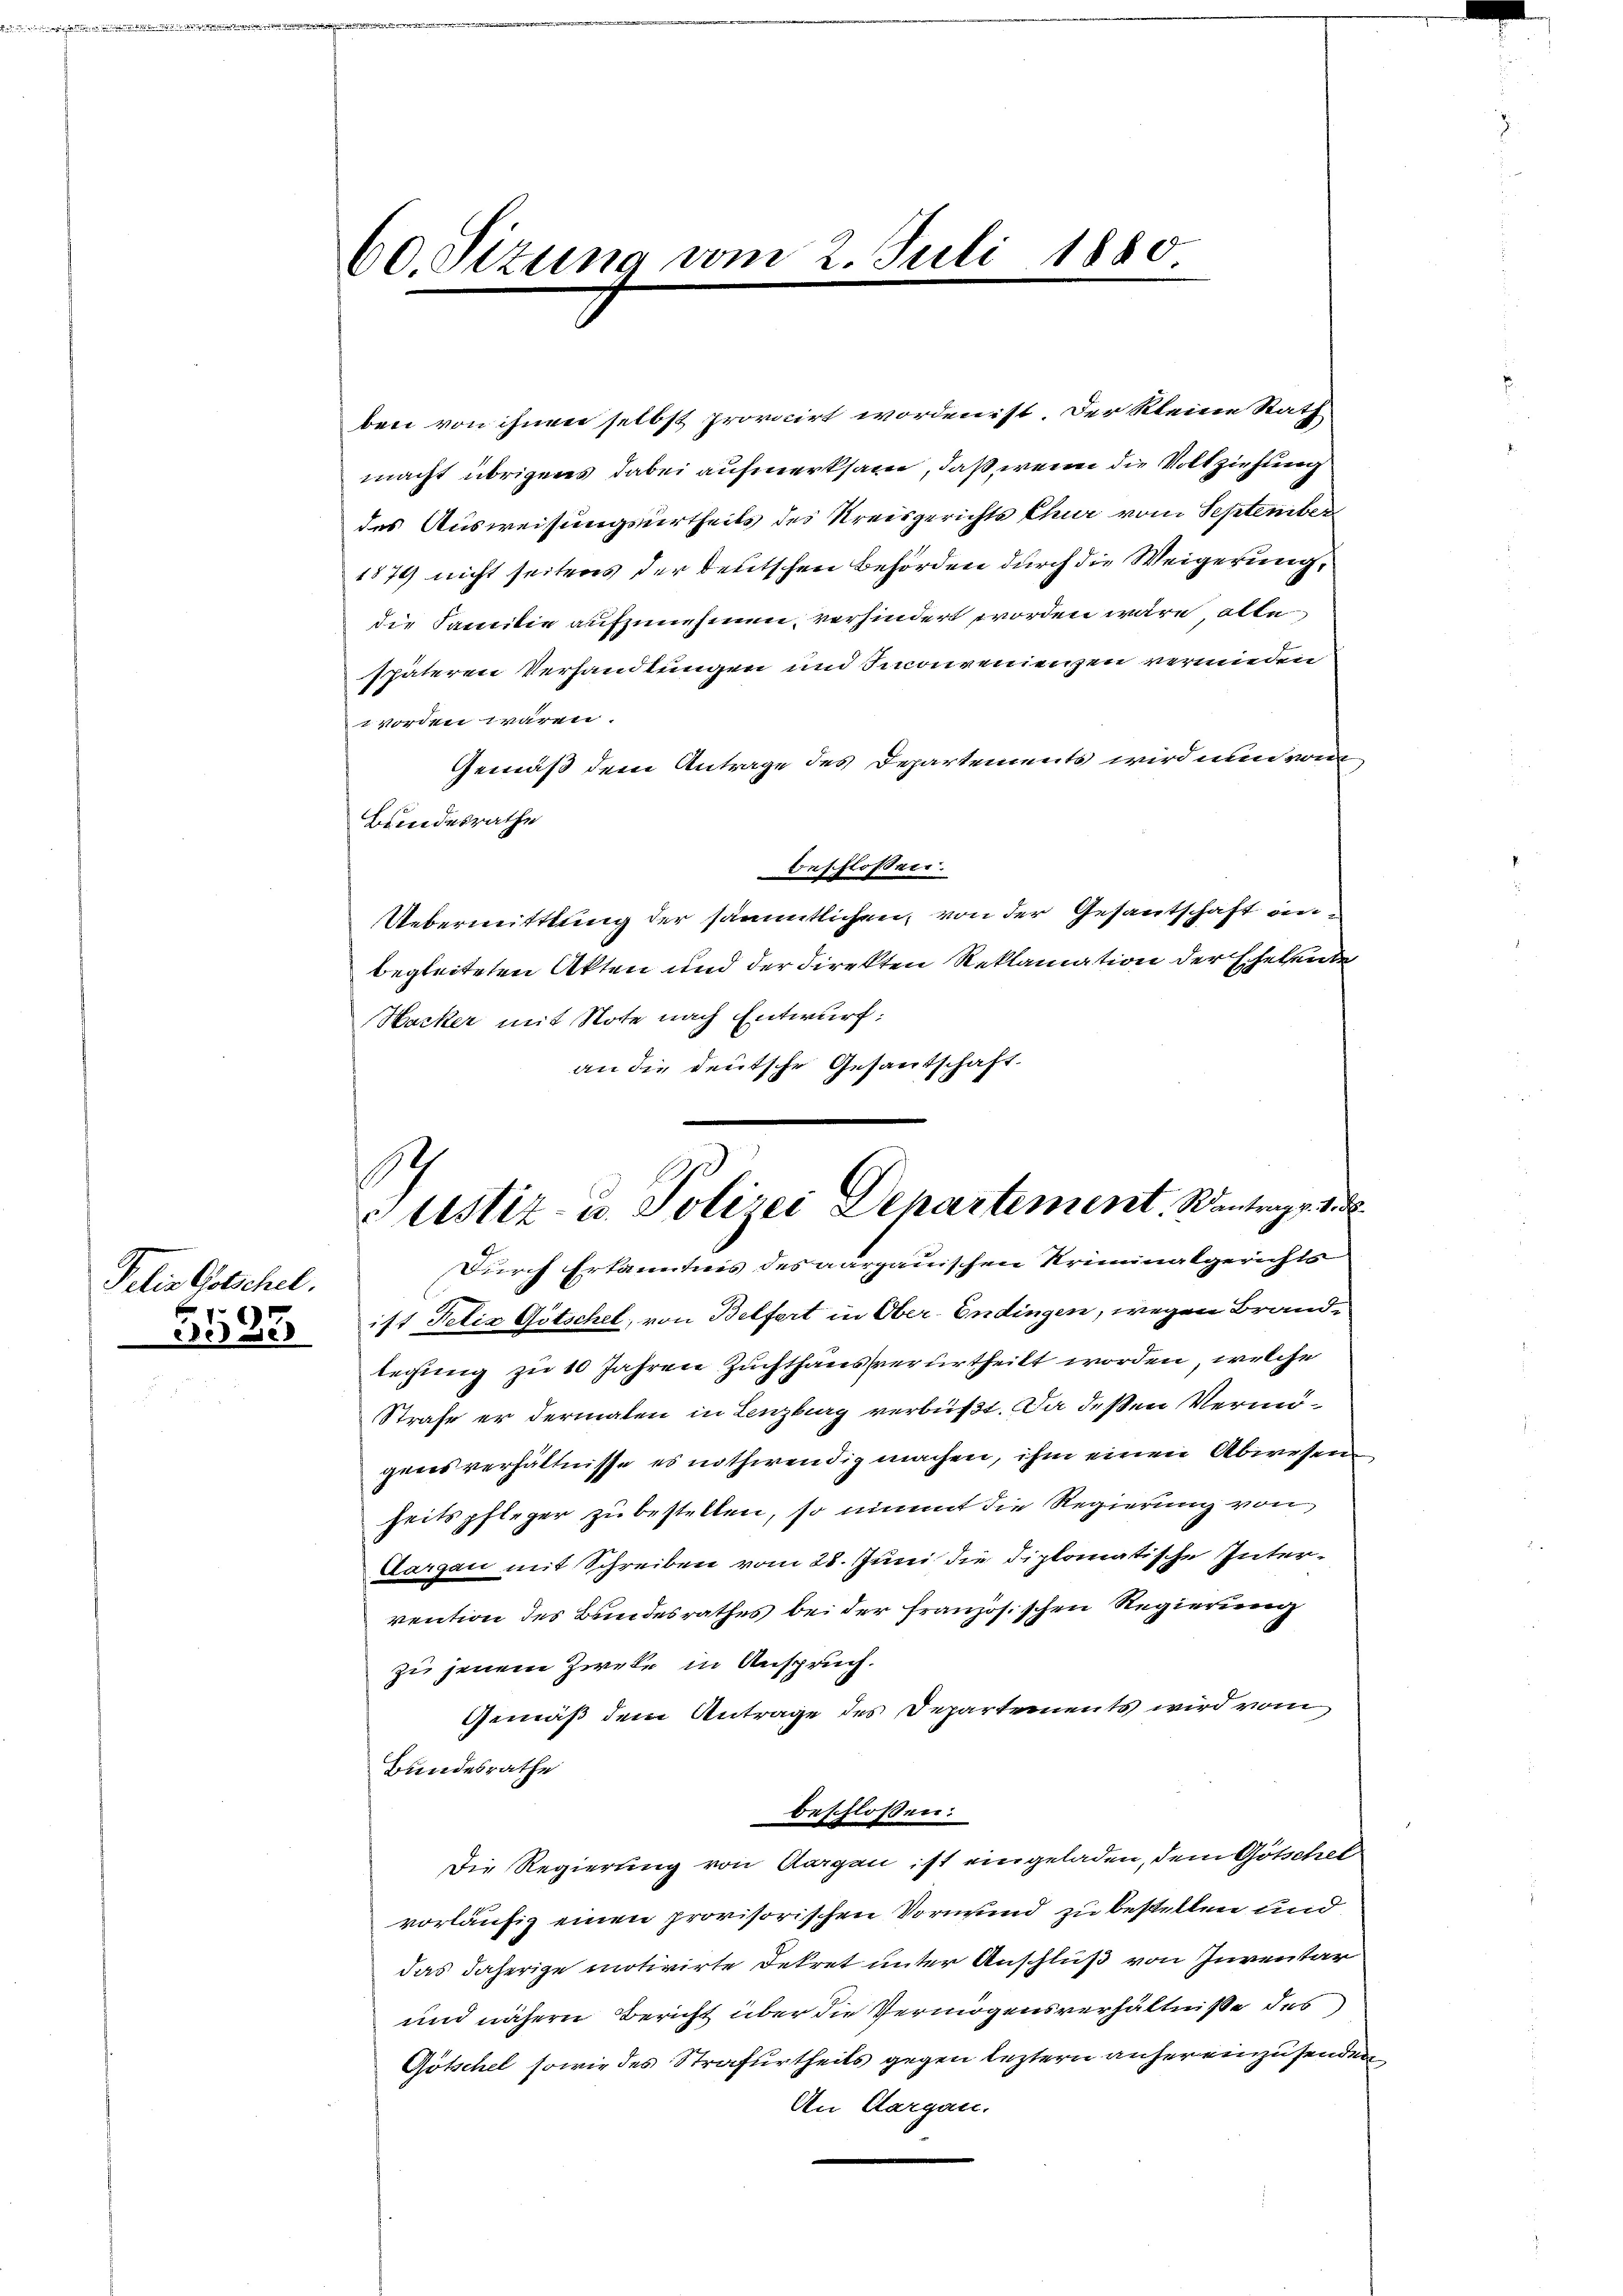
Pelis Gotschel.

3583

60. Sizung vom 2. Juli 1880

ben von ihnen selbst provicirt worden ist. Der kleine Rath
macht übrigens dabei aufmerksam, daß, wenn die Vollziehung
des Ausweisungsurtheils des Kreisgerichts Chur vom Septenber
1874 nicht seitens der deutschen Behörden durch die Weigerung,
die Familie aufzunehmen, verhindert worden wäre alle
späteren Verhandlungen und Inconvenienzen vermieden
worden wären.
Gemäß dem Antrage des Departements wird nun vom
Bundesrathe
beschlossen.
Uebermittlung der sämmtlichen, von der Gesantschaft einbegleiteten Akten und der Direkten Reklamation der Eheleute
Hacker mit Note nach Entwurf:
an die deutsche Gesandschaft.
ist Felix Götschel, von Belfert in Ober-Endingen, wegen Brande
legung zu 10 Jahren Zuchthaus verurtheilt worden, welche
Strafe er dermalen in Lenzburg verbüßt. Da deßen Vermögensverhältnisse es nothwendig machen, ihm einen Abwesen,
heitspfleger zu bestellen, so nimmt die Regierung von
Aargau mit Schreiben vom 28. Juni die diplomatische Intervention des Bundesrathes bei der französischen Regierung
zu jenem Zweke in Anspruch.
Gemäß dem Antrage des Departements wird vom
Bundesrathe
beschlossen:
Die Regierung von Aargau ist eingeladen, dem Gotschel
vorläufig einen provisorischen Vormund zu bestellen und
das daherige motivirte Dekret unter Anschluß von Inventar
und nähern Bericht über die Vermögensverhältniße des
Götschel sowie des Strafurtheils gegen leztern anhereinzusenden,
An Aargau.

A
Justiz- u. Polizei Departement. Wantrag. 188
Durch Erkanntnis des aargauischen Kriminalgerichts